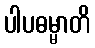
ပါပဓမ္မာတိ